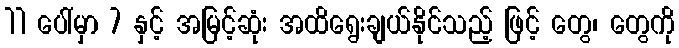
11 ပေါ်မှာ 7 နှင့် အမြင့်ဆုံး အထိရွေးချယ်နိုင်သည့် ဖြင့် တွေ၊ တွေကို